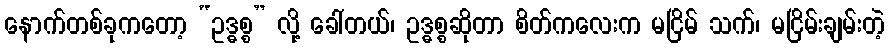
နောက်တစ်ခုကတော့ “ဥဒ္ဓစ္စ” လို့ ခေါ်တယ်၊ ဥဒ္ဓစ္စဆိုတာ စိတ်ကလေးက မငြိမ် သက်၊ မငြိမ်းချမ်းတဲ့